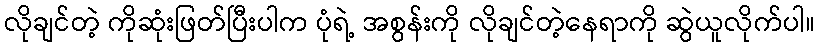
လိုချင်တဲ့ ကိုဆုံးဖြတ်ပြီးပါက ပုံရဲ့ အစွန်းကို လိုချင်တဲ့နေရာကို ဆွဲယူလိုက်ပါ။